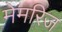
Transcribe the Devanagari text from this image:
मेमरिज